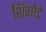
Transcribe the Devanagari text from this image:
शिंगोटे